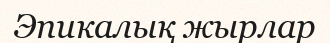
Эпикалық жырлар